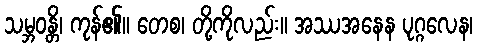
သမ္ဘဝန္တိ၊ ကုန်၏။ တေစ၊ တို့ကိုလည်း။ အဿအနေန ပုဂ္ဂလေန၊